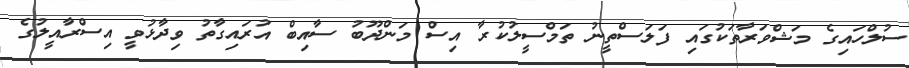
ސުލްހައިގެ މަޝްވަރާތަކުގައި ފަލަސްތީނު ތަމްސީލުކުރާ އިސް މަންދޫބު ސާއިބް އުރައިގާތު ވިދާޅުވީ އިސްރާއީލުގެ